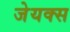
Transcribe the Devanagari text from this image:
जेयक्स